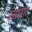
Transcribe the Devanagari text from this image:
स्प्ताहांत